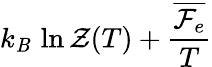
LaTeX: k_{\mathit{B}}\, \ln\mathcal{{Z}}(T)+\frac{{\overline{{{\mathcal{{F}}_{e}}}}}}{{T}}